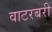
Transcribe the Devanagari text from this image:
वाटरबरी